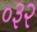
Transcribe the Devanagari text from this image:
०३२